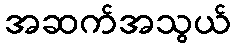
အဆက်အသွယ်